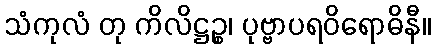
သံကုလံ တု ကိလိဋ္ဌဉ္စ၊ ပုဗ္ဗာပရဝိရောဓိနီ။